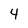
Character: 4